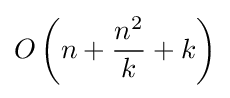
O\left(n+{\frac {n^{2}}{k}}+k\right)